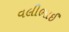
વલીભાઈ